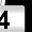
Digit: 4